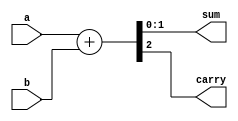
module adder2 (
  input [1:0] a, b,
  output [1:0] sum,
  output carry
);

  assign {carry,sum} = a + b;

endmodule